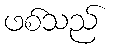
ဖစ်သည်